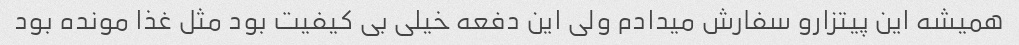
همیشه این پیتزارو سفارش میدادم ولی این دفعه خیلی بی کیفیت بود مثل غذا مونده بود